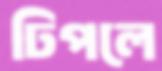
ঢিপলে